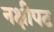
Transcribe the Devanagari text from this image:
नक्षीपट